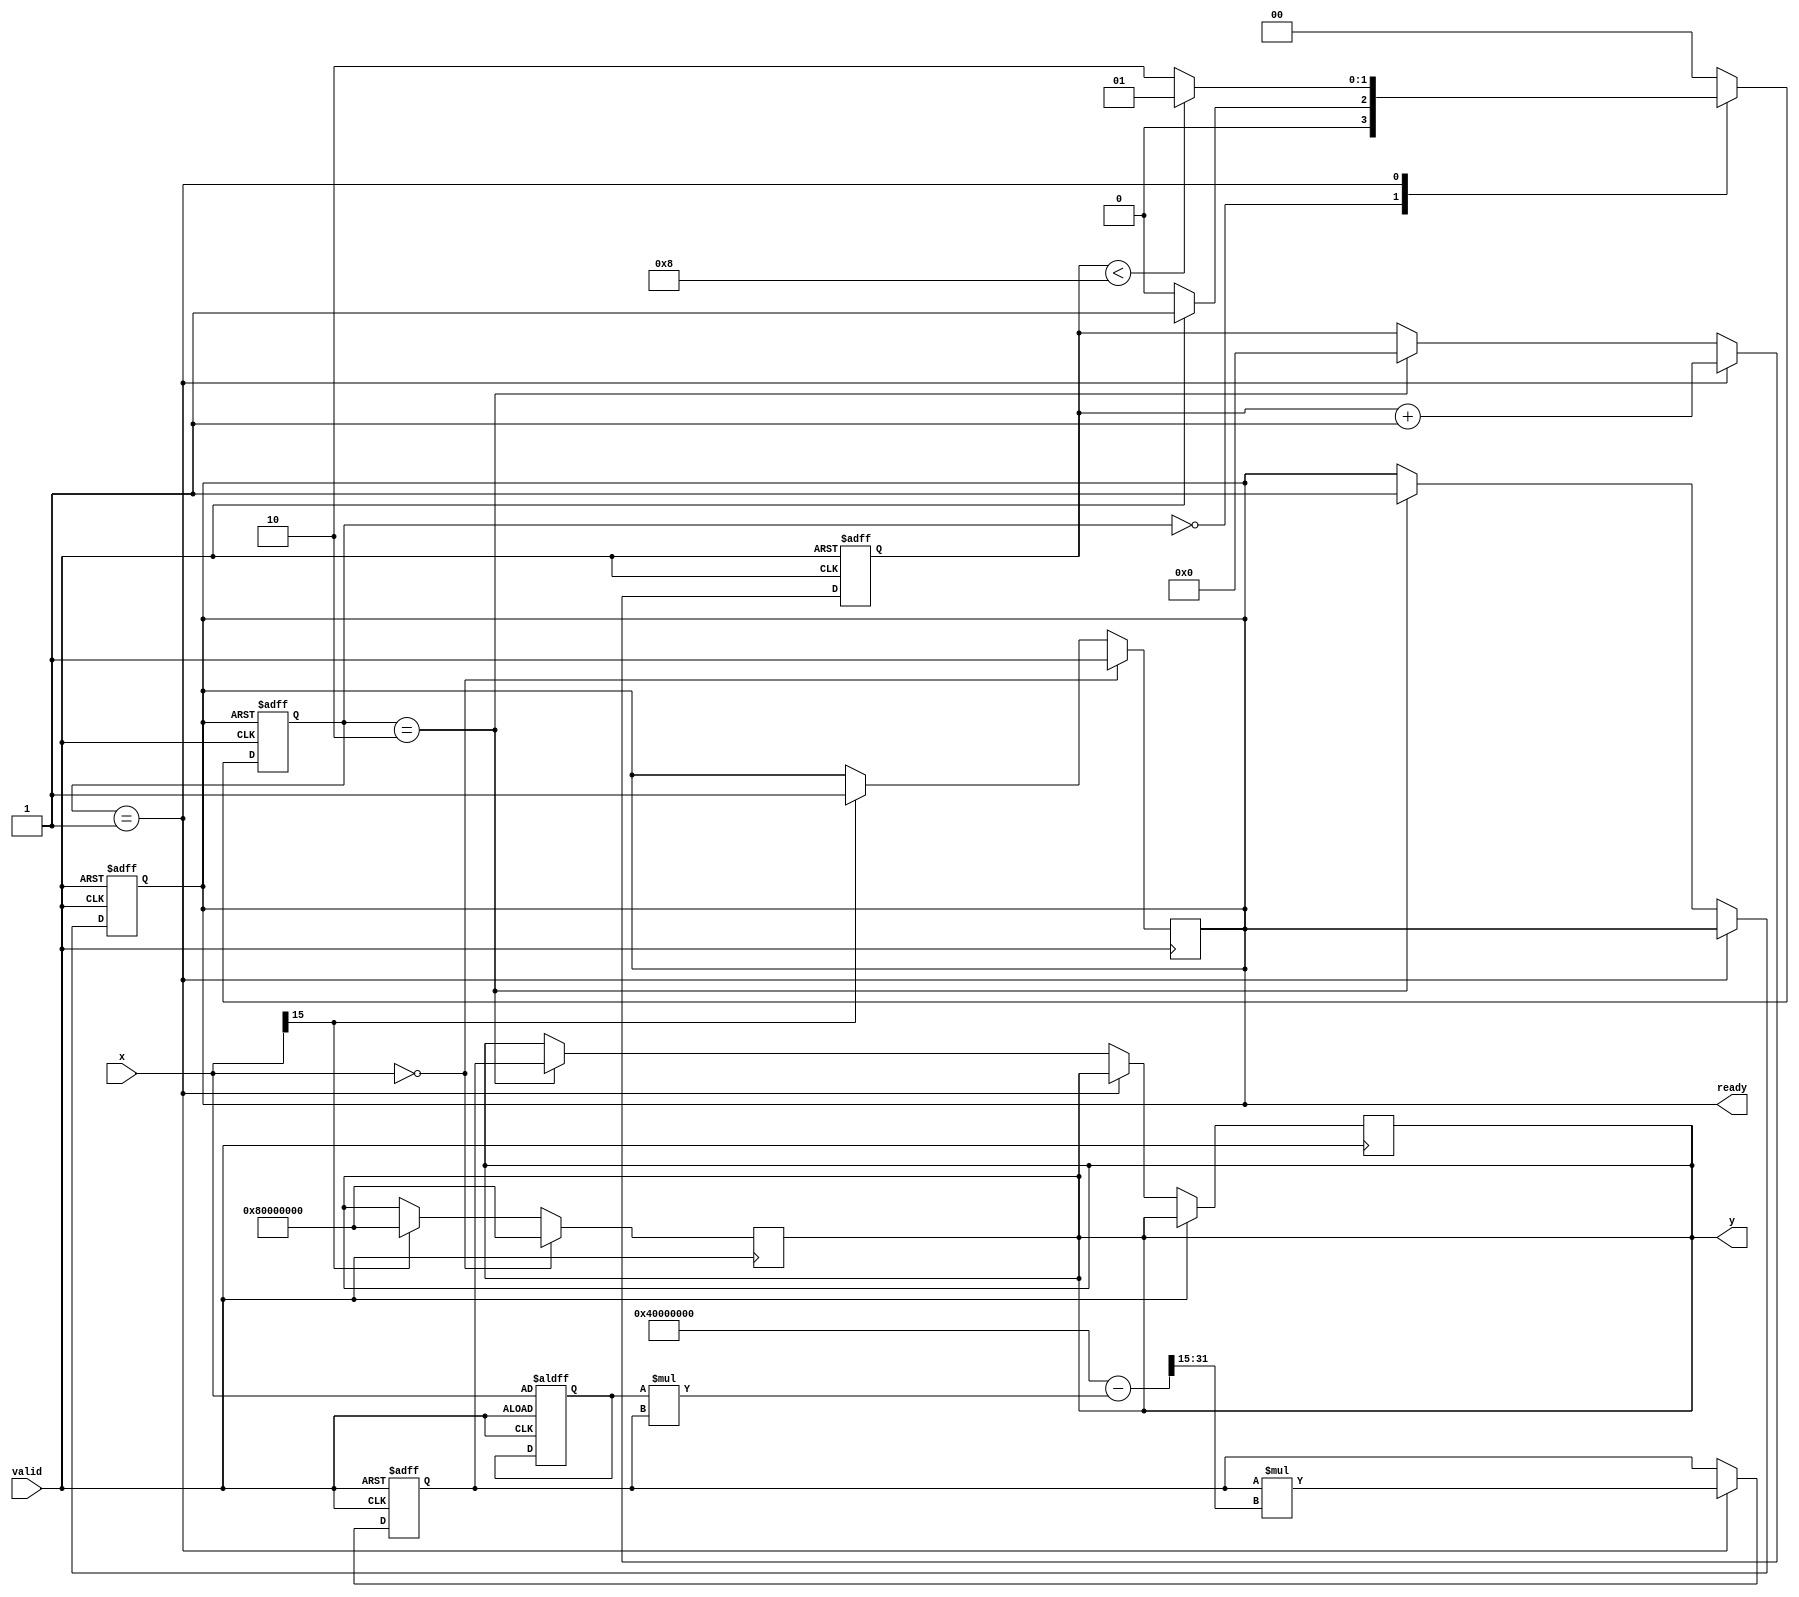
module FixedPointReciprocal #(
    parameter N = 16, // Input bit width
    parameter M = 32  // Output bit width
)(
    input wire [N-1:0] x,      // Fixed-point input
    input wire valid,           // Valid signal
    output reg [M-1:0] y,      // Fixed-point reciprocal output
    output reg ready           // Output valid signal
);

    // Internal parameters
    localparam MAX_ITER = 8;    // Maximum iterations for Newton-Raphson
    localparam FRACTIONAL_BITS = N - 1; // Assuming 1 sign bit and rest fractional

    // Internal registers
    reg [N-1:0] x_reg;
    reg [M-1:0] approx;          // Current approximation of reciprocal
    reg [3:0] iteration;         // Iteration counter

    // State definitions
    localparam IDLE = 2'b00;
    localparam CALC = 2'b01;
    localparam DONE = 2'b10;
    reg [1:0] state, next_state;

    // State machine for control
    always @(posedge valid or posedge ready) begin
        if (ready) begin
            state <= IDLE;
        end else begin
            state <= next_state;
        end
    end

    // Next state logic
    always @(*) begin
        case (state)
            IDLE: begin
                if (valid) begin
                    next_state = CALC;
                end else begin
                    next_state = IDLE;
                end
            end
            CALC: begin
                if (iteration < MAX_ITER) begin
                    next_state = CALC;
                end else begin
                    next_state = DONE;
                end
            end
            DONE: begin
                next_state = IDLE;
            end
            default: next_state = IDLE;
        endcase
    end

    // Sequential logic for calculations
    always @(posedge valid or negedge valid) begin
        if (valid) begin
            // Initialize registers
            x_reg <= x;
            approx <= {1'b0, 1'b1, {M-2{1'b0}}}; // Initial guess: 1.0 in fixed-point
            iteration <= 0;
            ready <= 0;
        end else if (state == CALC) begin
            // Newton-Raphson iteration: approx = approx * (2 - x * approx)
            approx <= approx * ({1'b0, 1'b1, {M-2{1'b0}}} - (x_reg * approx) >> FRACTIONAL_BITS);
            iteration <= iteration + 1;
        end else if (state == DONE) begin
            // Assign output and signal ready
            y <= approx;
            ready <= 1;
            iteration <= 0; // Reset iteration
        end
    end

    // Handle edge cases
    always @(posedge valid) begin
        if (x == 0) begin
            y <= {1'b1, {M-1{1'b0}}}; // Output max value for undefined reciprocal
            ready <= 1;
        end else if (x[N-1] == 1) begin
            y <= {1'b1, {M-1{1'b0}}}; // Handle negative input
            ready <= 1;
        end
    end

endmodule